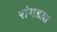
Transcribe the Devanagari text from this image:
रांगडय़ा